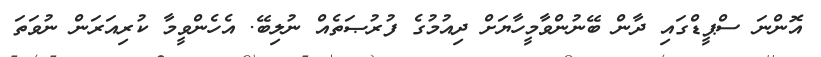
އޮންނަ ސްޕީޑްގައި ދާން ބޭނުންވާމީހާޔަށް ދިއުމުގެ ފުރުޞަތެއް ނުލިބޭ. އެހެންވީމާ ކުރިއަރަން ނުވަތަ